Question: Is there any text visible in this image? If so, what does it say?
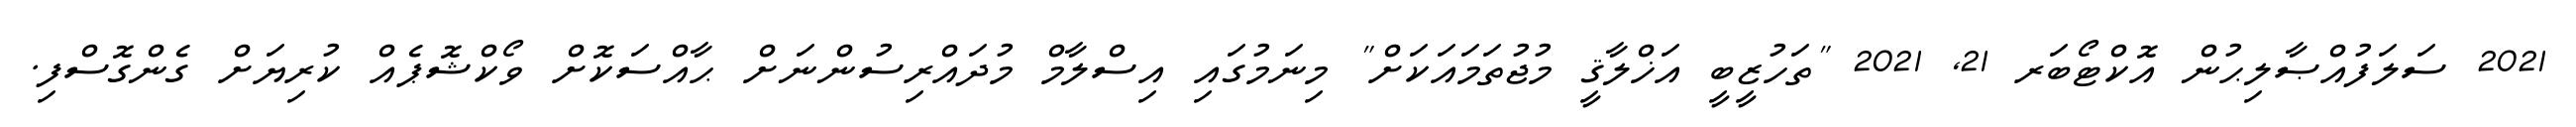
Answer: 2021 ސަލަފުއްޞާލިޙުން އޮކްޓޯބަރ 21, 2021 "ތަހުޒީބީ އަޚްލާޤީ މުޖުތަމައަކަށް" މިނަމުގައި އިސްލާމް މުދައްރިސުންނަށް ޙާއްސަކޮށް ވޯކްޝޮޕެއް ކުރިޔަށް ގެންގޮސްފި.